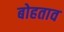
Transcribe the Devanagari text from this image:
बोहताव